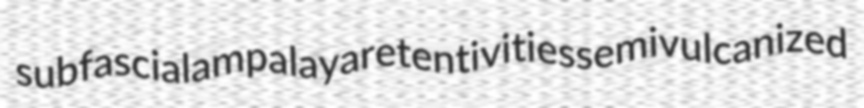
subfascial ampalaya retentivities semivulcanized